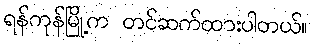
ရန်ကုန်မြို့က တင်ဆက်ထားပါတယ်။